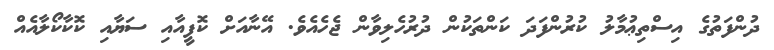
ދުންފަތުގެ އިސްތިޢުމާލު ކުރުންފަދަ ކަންތަކުން ދުރުހެލިވާން ޖެހެއެވެ. އޭނާއަށް ކޮފީއާއި ސަޔާއި ކޮކާކޯލާއެއް